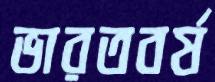
ভারতবর্ষ